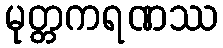
မုတ္တကရဏဿ